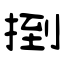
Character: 捯